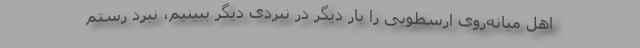
اهل میانه‌روی ارسطویی را بار دیگر در نبردی دیگر ببینیم، نبرد رستم